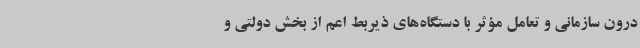
درون سازمانی و تعامل مؤثر با دستگاه‌های ذیربط اعم از بخش دولتی و